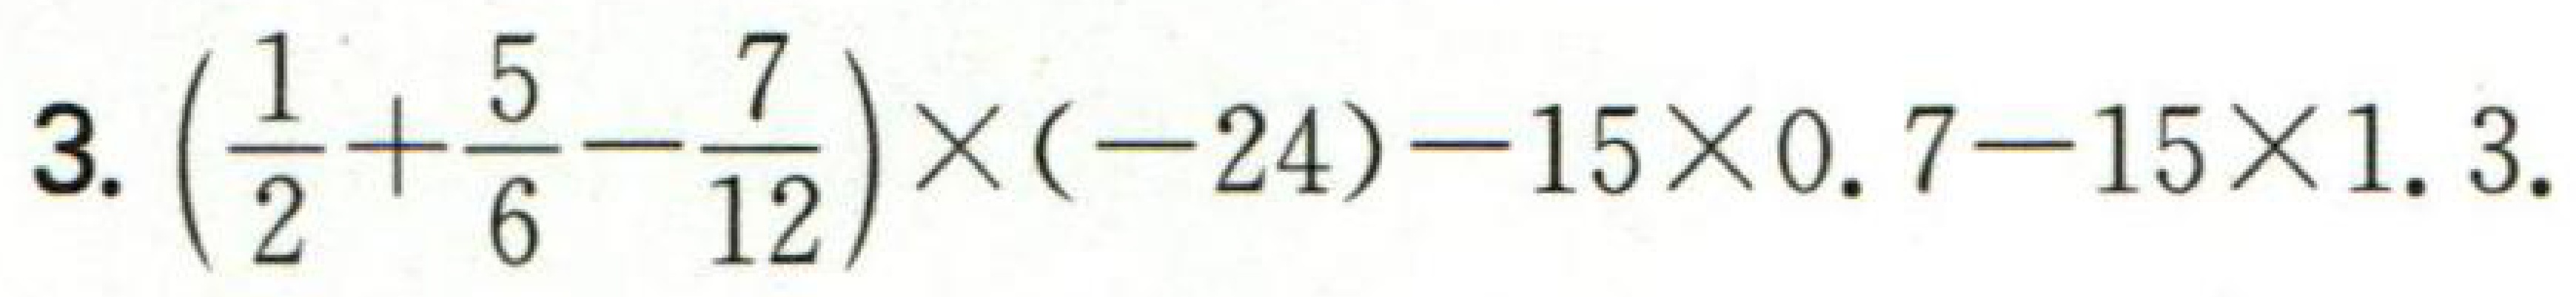
3. $\left(\dfrac{1}{2}+\dfrac{5}{6}-\dfrac{7}{12}\right)\times(-24)-15\times0.7 - 15\times1.3$.